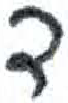
אות: ד